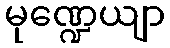
မုဏ္ဍေယျာ